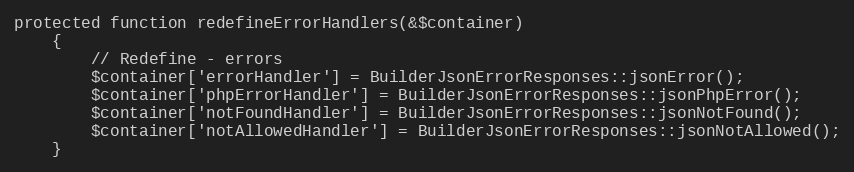
Language: PHP
protected function redefineErrorHandlers(&$container)
    {
        // Redefine - errors
        $container['errorHandler'] = BuilderJsonErrorResponses::jsonError();
        $container['phpErrorHandler'] = BuilderJsonErrorResponses::jsonPhpError();
        $container['notFoundHandler'] = BuilderJsonErrorResponses::jsonNotFound();
        $container['notAllowedHandler'] = BuilderJsonErrorResponses::jsonNotAllowed();
    }